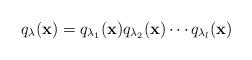
LaTeX: \begin{align*}q_\lambda({\bf x})=q_{\lambda_1}({\bf x})q_{\lambda_2}({\bf x})\cdots q_{\lambda_l}({\bf x})\end{align*}